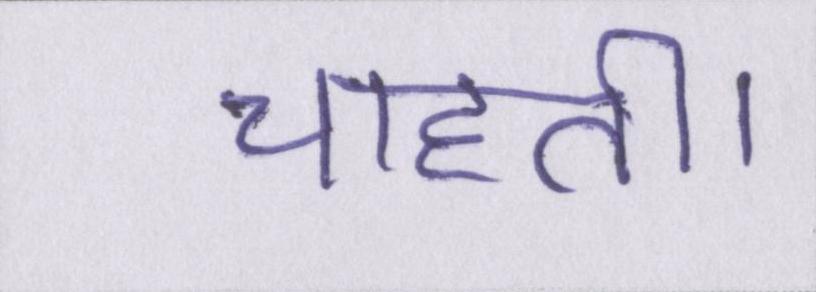
चाहती।